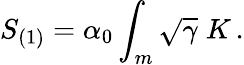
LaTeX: S_{(1)}=\alpha_{0}\int_{m}\sqrt{\gamma}\; K\, .